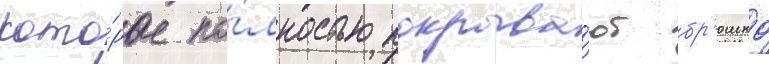
кото́рые по́лностью покрыва́ют бр'юшко